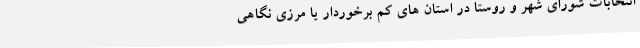
انتخابات شورای شهر و روستا در استان های کم برخوردار یا مرزی نگاهی